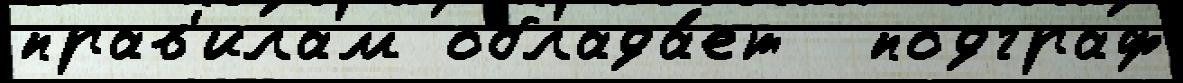
прав'илам облада́ет  подграф